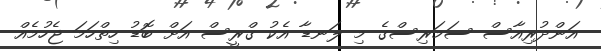
އަންދުރިއާސް ސަމަރިސްގެ މި ލަނޑާ އެކު ގްރީސް އަށް ބޮޑު ހިތްހަމަ ޖެހުމެއް